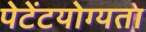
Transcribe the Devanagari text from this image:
पेटेंटयोग्यता